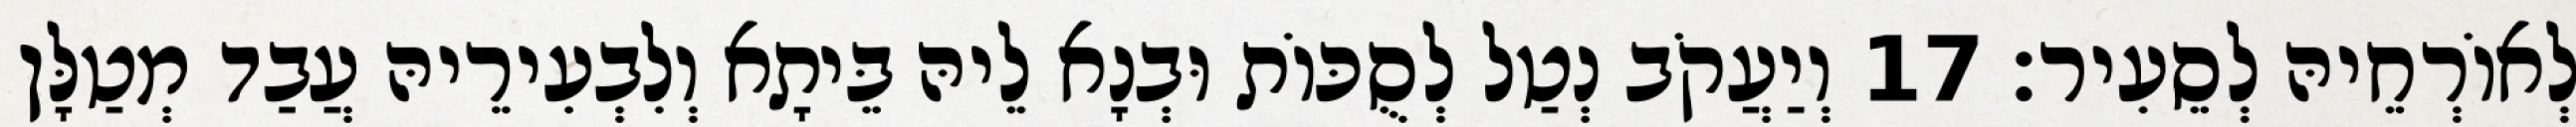
לְאוֹרְחֵיהּ לְסֵעִיר׃ 17 וְיַעֲקֹב נְטַל לְסֻכּוֹת וּבְנָא לֵיהּ בֵּיתָא וְלִבְעִירֵיהּ עֲבַד מְטַלָּן